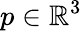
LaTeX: p\in\mathbb{R}^{3}